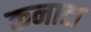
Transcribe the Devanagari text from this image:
कनाटा